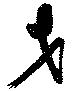
才